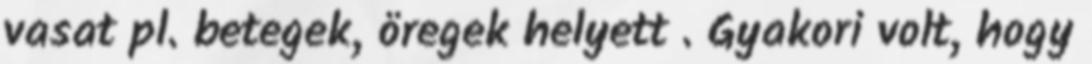
vasat pl. betegek, öregek helyett . Gyakori volt, hogy